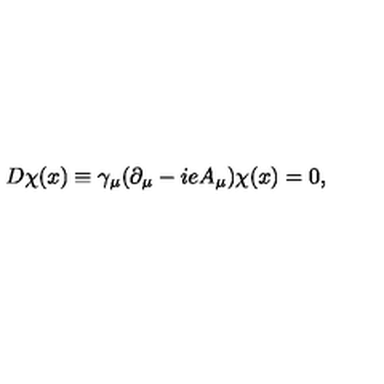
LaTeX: D \chi ( x ) \equiv \gamma _ { \mu } ( \partial _ { \mu } - i e A _ { \mu } ) \chi ( x ) = 0 ,